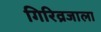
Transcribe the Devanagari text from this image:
गिरिव्रजाला